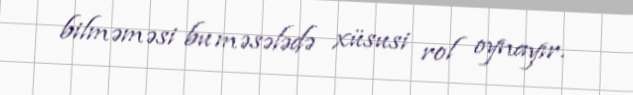
bilməməsi bu məsələdə xüsusi rol oynayır.